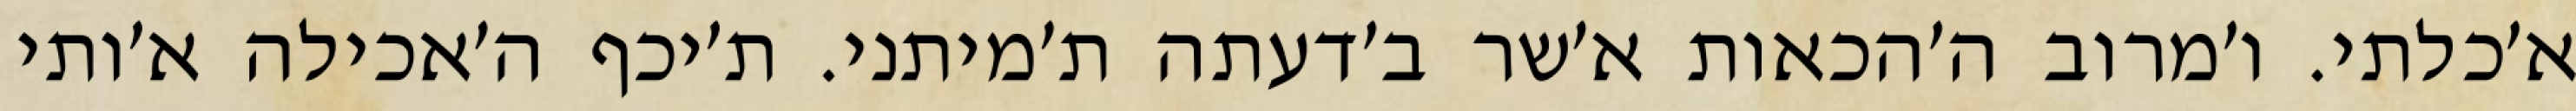
א׳כלתי. ו׳מרוב ה׳הכאות א׳שר ב׳דעתה ת׳מיתני. ת׳יכף ה׳אכילה א׳ותי